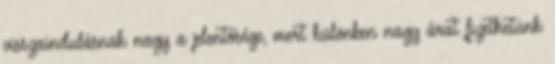
visszaindulásnak nagy a jelentősége, mert különben nagy árat fizethetünk